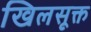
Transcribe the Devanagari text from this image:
खिलसूक्त